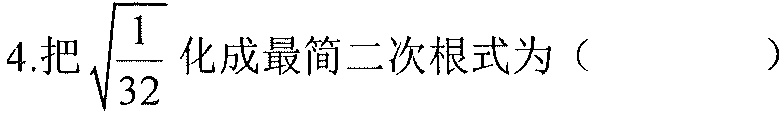
4.把\(\sqrt{\frac{1}{32}}\)化成最简二次根式为（  ）